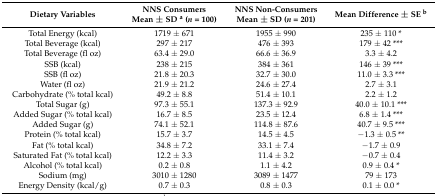
<table><thead><tr><td><b>Dietary Variables</b></td><td><b>NNS Consumers Mean ± SD <sup>a</sup> (<i>n</i> = 100)</b></td><td><b>NNS Non-Consumers Mean ± SD (<i>n</i> = 201)</b></td><td><b>Mean Difference ± SE <sup>b</sup></b></td></tr></thead><tbody><tr><td>Total Energy (kcal)</td><td>1719 ± 671</td><td>1955 ± 990</td><td>235 ± 110 *</td></tr><tr><td>Total Beverage (kcal)</td><td>297 ± 217</td><td>476 ± 393</td><td>179 ± 42 ***</td></tr><tr><td>Total Beverage (fl oz)</td><td>63.4 ± 29.0</td><td>66.6 ± 36.9</td><td>3.3 ± 4.2</td></tr><tr><td>SSB (kcal)</td><td>238 ± 215</td><td>384 ± 361</td><td>146 ± 39 ***</td></tr><tr><td>SSB (fl oz)</td><td>21.8 ± 20.3</td><td>32.7 ± 30.0</td><td>11.0 ± 3.3 ***</td></tr><tr><td>Water (fl oz)</td><td>21.9 ± 21.2</td><td>24.6 ± 27.4</td><td>2.7 ± 3.1</td></tr><tr><td>Carbohydrate (% total kcal)</td><td>49.2 ± 8.8</td><td>51.4 ± 10.1</td><td>2.2 ± 1.2</td></tr><tr><td>Total Sugar (g)</td><td>97.3 ± 55.1</td><td>137.3 ± 92.9</td><td>40.0 ± 10.1 ***</td></tr><tr><td>Added Sugar (% total kcal)</td><td>16.7 ± 8.5</td><td>23.5 ± 12.4</td><td>6.8 ± 1.4 ***</td></tr><tr><td>Added Sugar (g)</td><td>74.1 ± 52.1</td><td>114.8 ± 87.6</td><td>40.7 ± 9.5 ***</td></tr><tr><td>Protein (% total kcal)</td><td>15.7 ± 3.7</td><td>14.5 ± 4.5</td><td>−1.3 ± 0.5 **</td></tr><tr><td>Fat (% total kcal)</td><td>34.8 ± 7.2</td><td>33.1 ± 7.4</td><td>−1.7 ± 0.9</td></tr><tr><td>Saturated Fat (% total kcal)</td><td>12.2 ± 3.3</td><td>11.4 ± 3.2</td><td>−0.7 ± 0.4</td></tr><tr><td>Alcohol (% total kcal)</td><td>0.2 ± 0.8</td><td>1.1 ± 4.2</td><td>0.9 ± 0.4 *</td></tr><tr><td>Sodium (mg)</td><td>3010 ± 1280</td><td>3089 ± 1477</td><td>79 ± 173</td></tr><tr><td>Energy Density (kcal/g)</td><td>0.7 ± 0.3</td><td>0.8 ± 0.3</td><td>0.1 ± 0.0 *</td></tr></tbody></table>